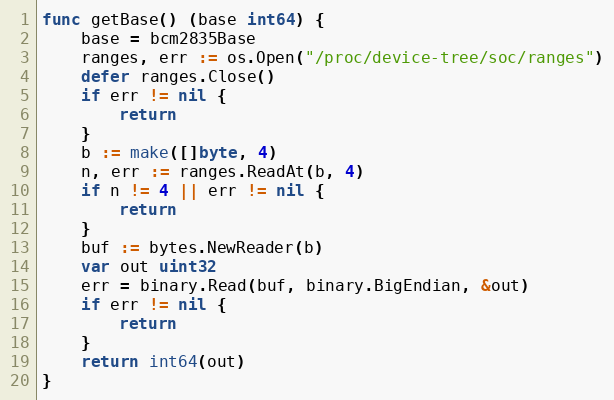
Language: Go
func getBase() (base int64) {
	base = bcm2835Base
	ranges, err := os.Open("/proc/device-tree/soc/ranges")
	defer ranges.Close()
	if err != nil {
		return
	}
	b := make([]byte, 4)
	n, err := ranges.ReadAt(b, 4)
	if n != 4 || err != nil {
		return
	}
	buf := bytes.NewReader(b)
	var out uint32
	err = binary.Read(buf, binary.BigEndian, &out)
	if err != nil {
		return
	}
	return int64(out)
}